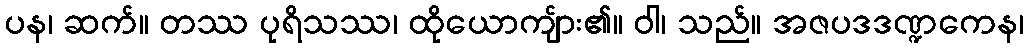
ပန၊ ဆက်။ တဿ ပုရိသဿ၊ ထိုယောကျ်ား၏။ ဝါ၊ သည်။ အဇပဒဒဏ္ဍကေန၊